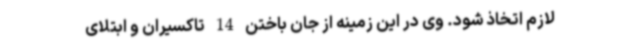
لازم اتخاذ شود. وی در این زمینه از جان باختن 14 تاکسیران و ابتلای